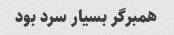
همبرگر بسیار سرد بود